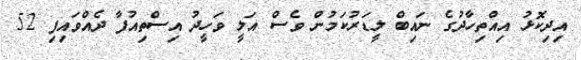
އިދިކޮޅު އިއްތިހާދުގެ ނައިބް ލީޑަރުކަމުން ވެސް އަލީ ވަހީދު އިސްތިއުފާ ދެއްވައިފި 52